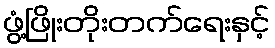
ဖွံ့ဖြိုးတိုးတက်ရေးနှင့်